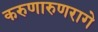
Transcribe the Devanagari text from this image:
करुणारुणरागे